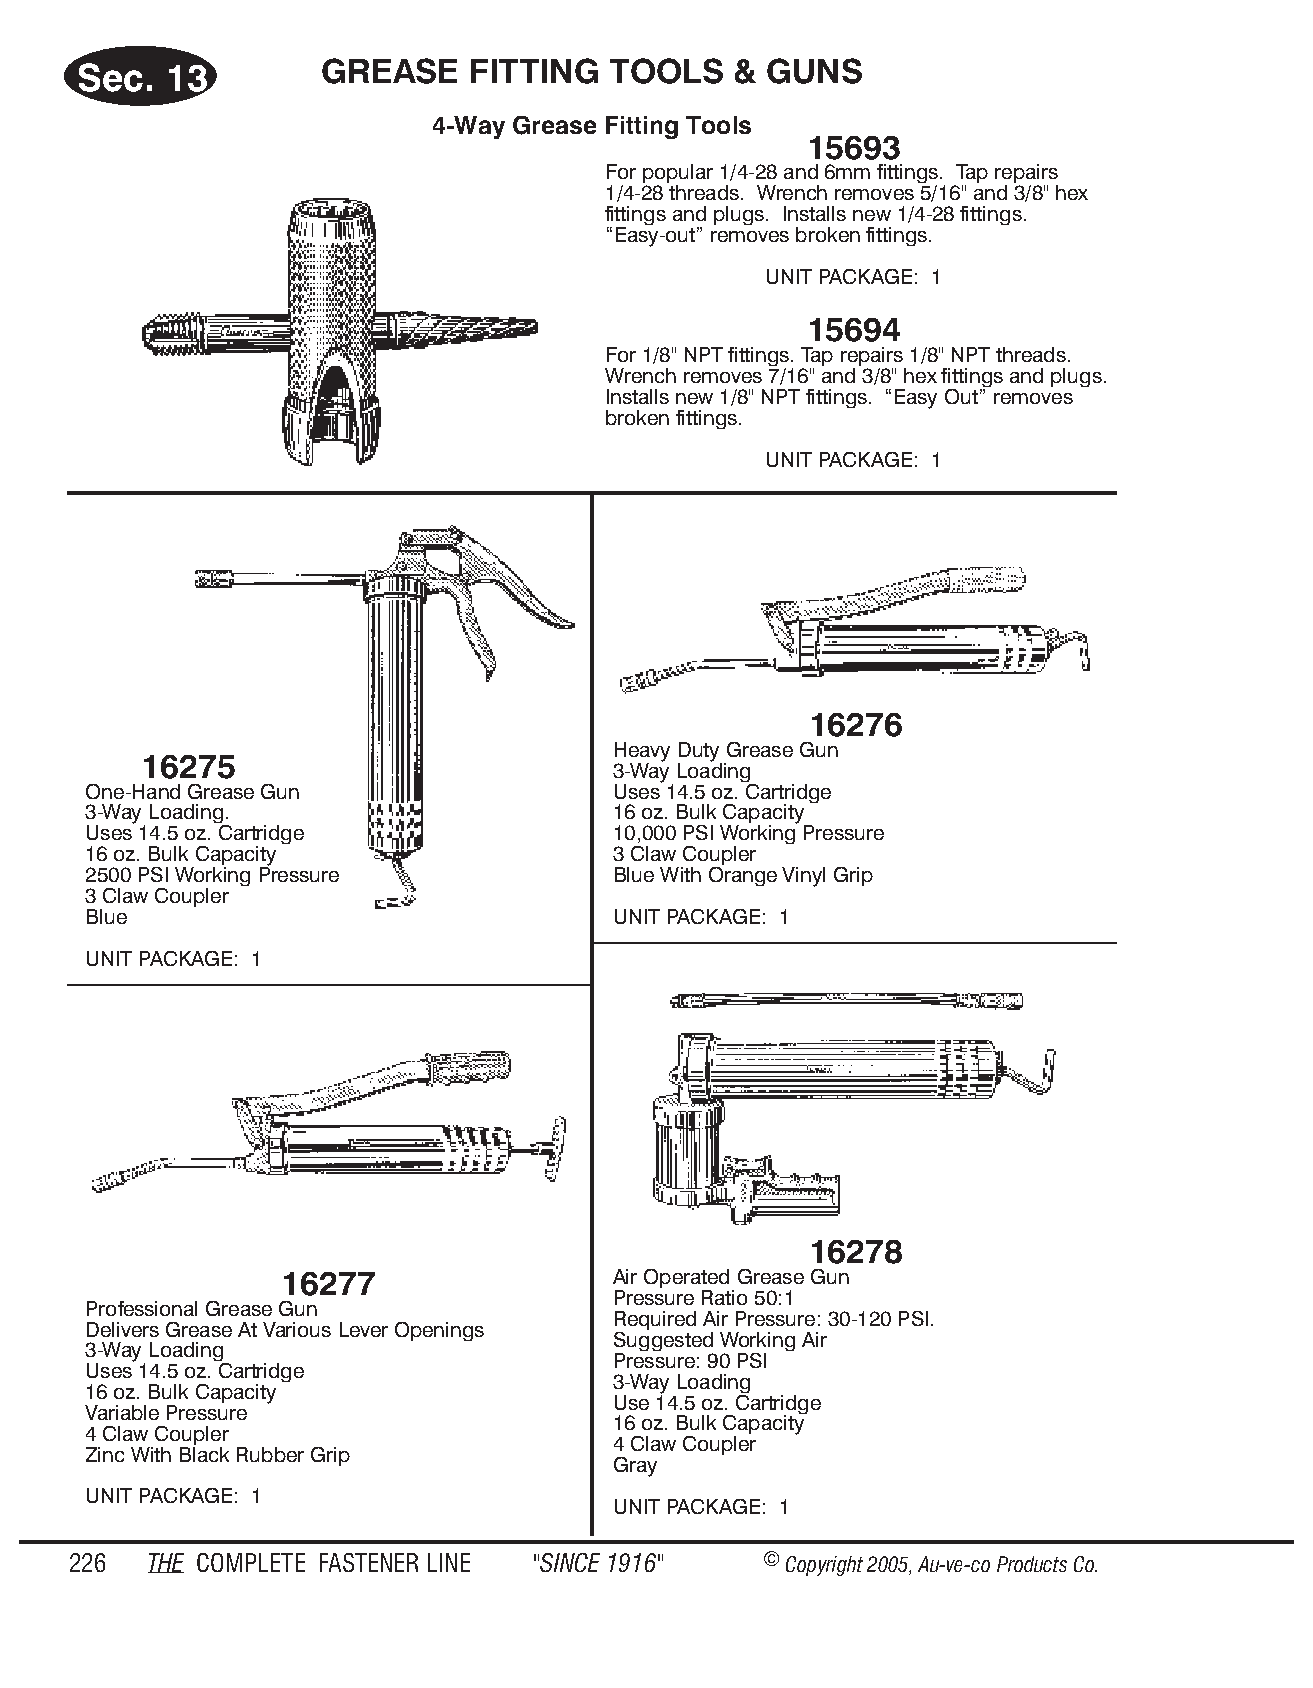
Sec.  13        GREASE    FIT TING  TOOLS   & GUNS
 4-Way Grease Fitting Tools
 15693
 For popular 1/4-28 and 6mm fittings. Tap repairs
 1/4-28 threads. Wrench removes 5/16" and 3/8" hex
 fittings and plugs. Installs new 1/4-28 fittings.
 “Easy-out” removes broken fittings.
 UNIT PACKAGE: 1
 15694
 For 1/8" NPT fittings. Tap repairs 1/8" NPT threads.
 Wrench removes 7/16" and 3/8" hex fittings and plugs.
 Installs new 1/8" NPT fittings. “Easy Out” removes
 broken fittings.
 UNIT PACKAGE: 1
 16276
 Heavy Duty Grease Gun
 16275
 3-Way Loading
 One-Hand Grease Gun                Uses 14.5 oz. Cartridge
 3-Way Loading.                     16 oz. Bulk Capacity
 Uses 14.5 oz. Cartridge            10,000 PSI Working Pressure
 16 oz. Bulk Capacity               3 Claw Coupler
 2500 PSI Working Pressure          Blue With Orange Vinyl Grip
 3 Claw Coupler
 Blue                               UNIT PACKAGE: 1
 UNIT PACKAGE: 1
 16278
 16277                 Air Operated Grease Gun
 Pressure Ratio 50:1
 Professional Grease Gun
 Required Air Pressure: 30-120 PSI.
 Delivers Grease At Various Lever Openings
 Suggested Working Air
 3-Way Loading
 Pressure: 90 PSI
 Uses 14.5 oz. Cartridge
 3-Way Loading
 16 oz. Bulk Capacity
 Use 14.5 oz. Cartridge
 Variable Pressure
 16 oz. Bulk Capacity
 4 Claw Coupler
 4 Claw Coupler
 Zinc With Black Rubber Grip
 Gray
 UNIT PACKAGE: 1
 UNIT PACKAGE: 1
 226  THE COM PLETE FAST ENER LINE "SINCE 1916" © Copyr ight 2005, Au-ve-co Produ cts Co.